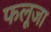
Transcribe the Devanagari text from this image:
फलूजा